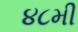
૪૮મી